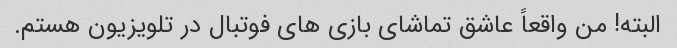
البته! من واقعاً عاشق تماشای بازی های فوتبال در تلویزیون هستم.